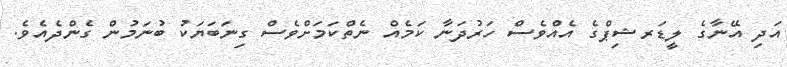
އަދި އޭނާގެ ލީޑަރޝިޕްގެ އެއްވެސް ހަރުދަނާ ކަމެއް ނެތްކަމަށްވެސް ގިނަބަޔަކު ބުނަމުން ގެންދެއެވެ.